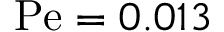
\mathrm { P e } = 0 . 0 1 3